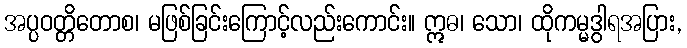
အပ္ပဝတ္တိတောစ၊ မဖြစ်ခြင်းကြောင့်လည်းကောင်း။ ဣဓ၊ သော၊ ထိုကမ္မဒွါရအပြား,